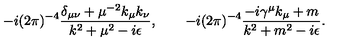
- i ( 2 \pi ) ^ { - 4 } { \frac { \delta _ { \mu \nu } + \mu ^ { - 2 } k _ { \mu } k _ { \nu } } { k ^ { 2 } + \mu ^ { 2 } - i \epsilon } } , \qquad - i ( 2 \pi ) ^ { - 4 } { \frac { - i \gamma ^ { \mu } k _ { \mu } + m } { k ^ { 2 } + m ^ { 2 } - i \epsilon } } .